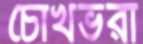
চোখভরা